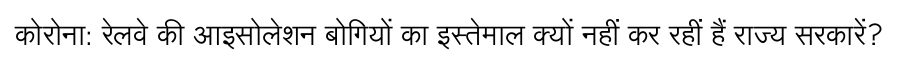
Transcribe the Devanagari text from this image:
कोरोना: रेलवे की आइसोलेशन बोगियों का इस्तेमाल क्यों नहीं कर रहीं हैं राज्य सरकारें?